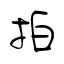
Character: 拍